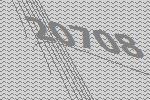
20708